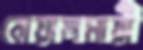
বোয়ালমারী